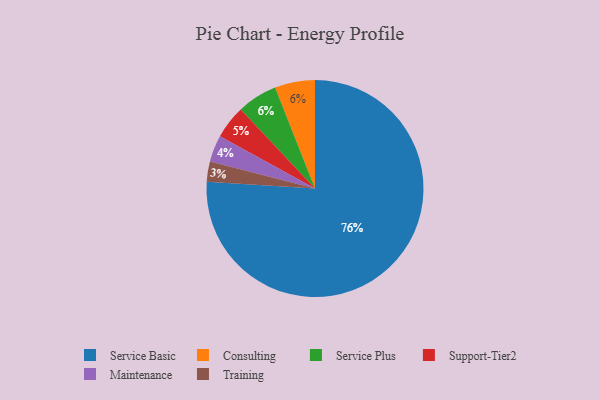
{"axis": {"x": "Category", "y": "Percentage"}, "legend": ["Consulting", "Maintenance", "Service Basic", "Service Plus", "Support-Tier2", "Training"], "data": [{"x": "Service Basic", "y": 76, "type": "Service Basic"}, {"x": "Support-Tier2", "y": 5, "type": "Support-Tier2"}, {"x": "Consulting", "y": 6, "type": "Consulting"}, {"x": "Training", "y": 3, "type": "Training"}, {"x": "Service Plus", "y": 6, "type": "Service Plus"}, {"x": "Maintenance", "y": 4, "type": "Maintenance"}]}